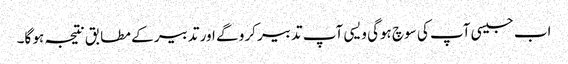
اب جیسی آپ کی سوچ ہوگی ویسی آپ تدبیر کرو گے اور تدبیر کے مطابق نتیجہ ہو گا۔